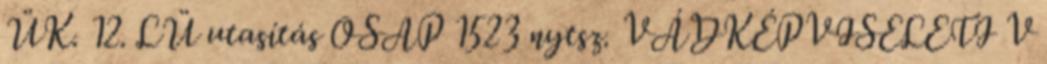
ÜK. 12. LÜ utasítás OSAP 1523 nytsz. VÁDKÉPVISELETI V